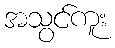
အသွင်ကူး